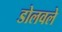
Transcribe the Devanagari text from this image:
डोलवले